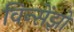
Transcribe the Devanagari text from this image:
विन्सेंझो